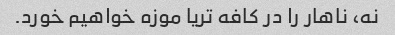
نه، ناهار را در کافه تریا موزه خواهیم خورد.